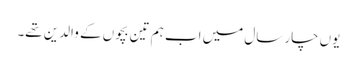
یوں چار سال میں اب ہم تین بچوں کے والدین تھے۔